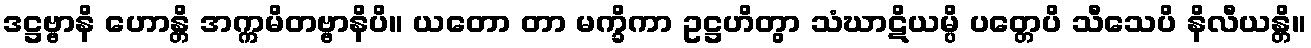
ဒဋ္ဌဗ္ဗာနိ ဟောန္တိ အက္ကမိတဗ္ဗာနိပိ။ ယတော တာ မက္ခိကာ ဥဋ္ဌဟိတွာ သံဃာဋိယမ္ပိ ပတ္တေပိ သီသေပိ နိလီယန္တိ။